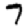
Digit: 7